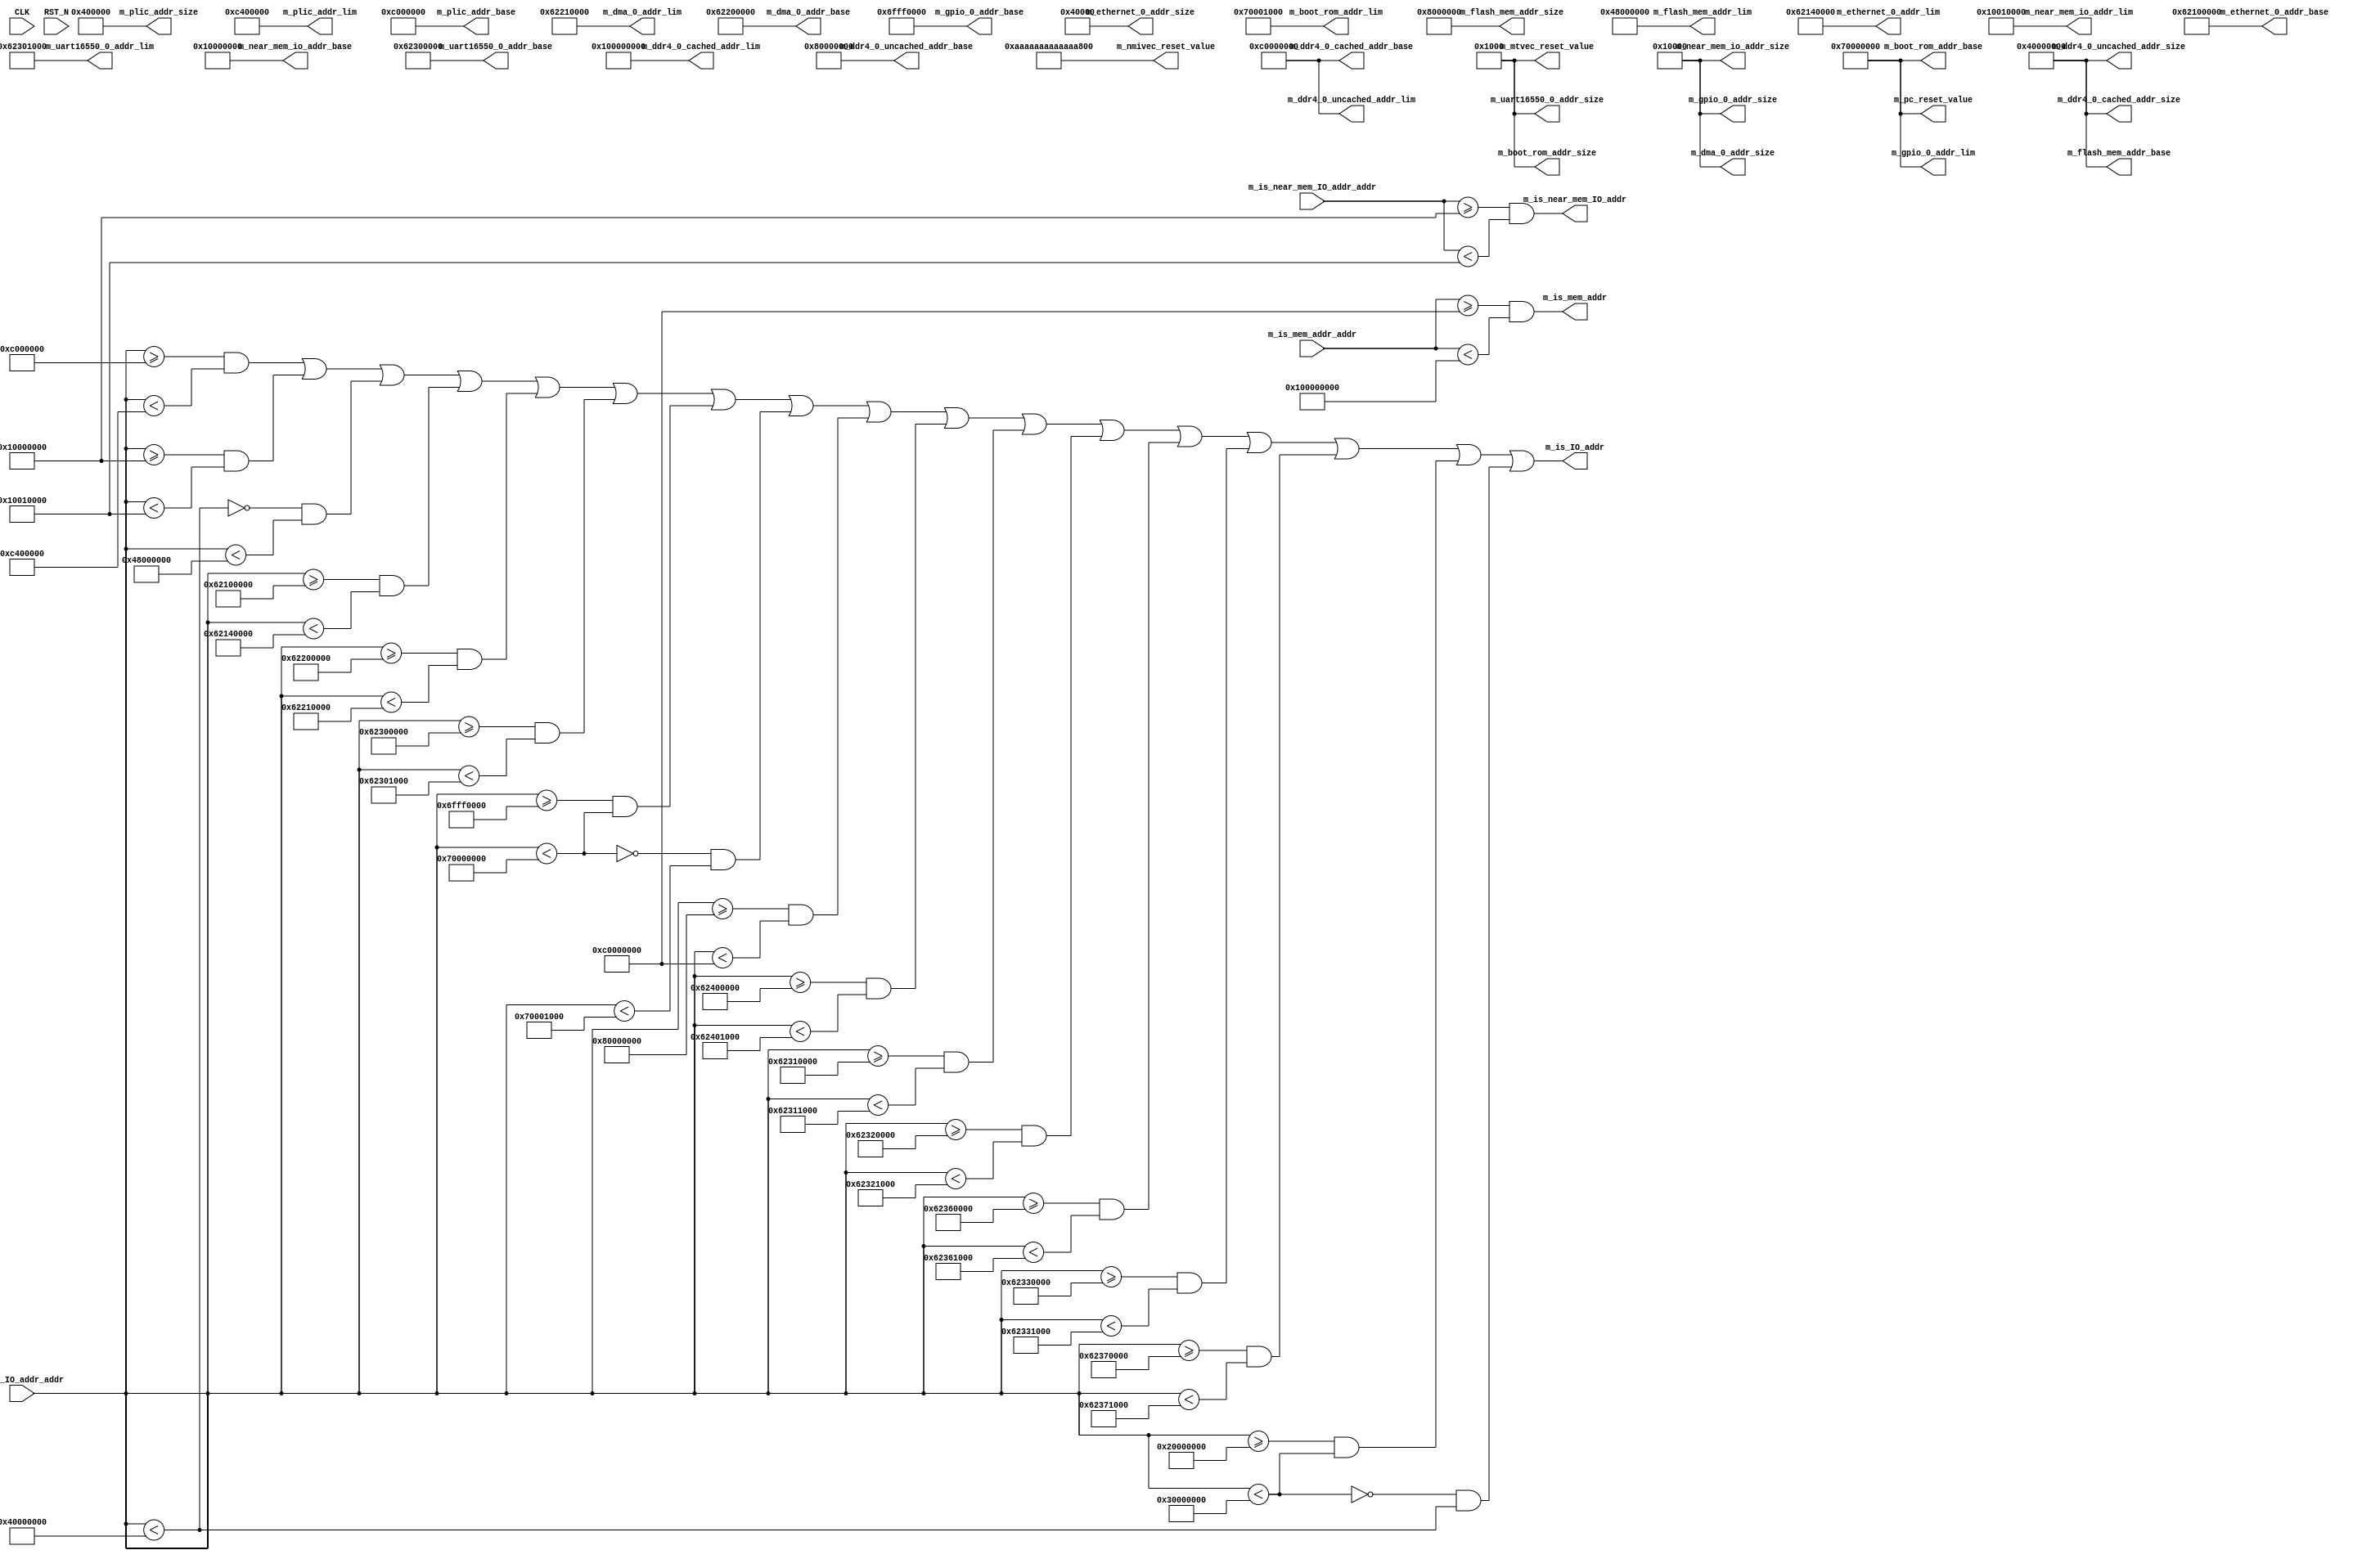
// This program was cloned from: https://github.com/bluespec/Piccolo
// License: Apache License 2.0

//
// Generated by Bluespec Compiler, version 2019.05.beta1 (build b38abf678, 2019-05-06)
//
//
//
//
// Ports:
// Name                         I/O  size props
// m_plic_addr_base               O    64 const
// m_plic_addr_size               O    64 const
// m_plic_addr_lim                O    64 const
// m_near_mem_io_addr_base        O    64 const
// m_near_mem_io_addr_size        O    64 const
// m_near_mem_io_addr_lim         O    64 const
// m_flash_mem_addr_base          O    64 const
// m_flash_mem_addr_size          O    64 const
// m_flash_mem_addr_lim           O    64 const
// m_ethernet_0_addr_base         O    64 const
// m_ethernet_0_addr_size         O    64 const
// m_ethernet_0_addr_lim          O    64 const
// m_dma_0_addr_base              O    64 const
// m_dma_0_addr_size              O    64 const
// m_dma_0_addr_lim               O    64 const
// m_uart16550_0_addr_base        O    64 const
// m_uart16550_0_addr_size        O    64 const
// m_uart16550_0_addr_lim         O    64 const
// m_gpio_0_addr_base             O    64 const
// m_gpio_0_addr_size             O    64 const
// m_gpio_0_addr_lim              O    64 const
// m_boot_rom_addr_base           O    64 const
// m_boot_rom_addr_size           O    64 const
// m_boot_rom_addr_lim            O    64 const
// m_ddr4_0_uncached_addr_base    O    64 const
// m_ddr4_0_uncached_addr_size    O    64 const
// m_ddr4_0_uncached_addr_lim     O    64 const
// m_ddr4_0_cached_addr_base      O    64 const
// m_ddr4_0_cached_addr_size      O    64 const
// m_ddr4_0_cached_addr_lim       O    64 const
// m_is_mem_addr                  O     1
// m_is_IO_addr                   O     1
// m_is_near_mem_IO_addr          O     1
// m_pc_reset_value               O    64 const
// m_mtvec_reset_value            O    64 const
// m_nmivec_reset_value           O    64 const
// CLK                            I     1 unused
// RST_N                          I     1 unused
// m_is_mem_addr_addr             I    64
// m_is_IO_addr_addr              I    64
// m_is_near_mem_IO_addr_addr     I    64
//
// Combinational paths from inputs to outputs:
//   m_is_mem_addr_addr -> m_is_mem_addr
//   m_is_IO_addr_addr -> m_is_IO_addr
//   m_is_near_mem_IO_addr_addr -> m_is_near_mem_IO_addr
//
//

`ifdef BSV_ASSIGNMENT_DELAY
`else
  `define BSV_ASSIGNMENT_DELAY
`endif

`ifdef BSV_POSITIVE_RESET
  `define BSV_RESET_VALUE 1'b1
  `define BSV_RESET_EDGE posedge
`else
  `define BSV_RESET_VALUE 1'b0
  `define BSV_RESET_EDGE negedge
`endif

module mkSoC_Map(CLK,
		 RST_N,

		 m_plic_addr_base,

		 m_plic_addr_size,

		 m_plic_addr_lim,

		 m_near_mem_io_addr_base,

		 m_near_mem_io_addr_size,

		 m_near_mem_io_addr_lim,

		 m_flash_mem_addr_base,

		 m_flash_mem_addr_size,

		 m_flash_mem_addr_lim,

		 m_ethernet_0_addr_base,

		 m_ethernet_0_addr_size,

		 m_ethernet_0_addr_lim,

		 m_dma_0_addr_base,

		 m_dma_0_addr_size,

		 m_dma_0_addr_lim,

		 m_uart16550_0_addr_base,

		 m_uart16550_0_addr_size,

		 m_uart16550_0_addr_lim,

		 m_gpio_0_addr_base,

		 m_gpio_0_addr_size,

		 m_gpio_0_addr_lim,

		 m_boot_rom_addr_base,

		 m_boot_rom_addr_size,

		 m_boot_rom_addr_lim,

		 m_ddr4_0_uncached_addr_base,

		 m_ddr4_0_uncached_addr_size,

		 m_ddr4_0_uncached_addr_lim,

		 m_ddr4_0_cached_addr_base,

		 m_ddr4_0_cached_addr_size,

		 m_ddr4_0_cached_addr_lim,

		 m_is_mem_addr_addr,
		 m_is_mem_addr,

		 m_is_IO_addr_addr,
		 m_is_IO_addr,

		 m_is_near_mem_IO_addr_addr,
		 m_is_near_mem_IO_addr,

		 m_pc_reset_value,

		 m_mtvec_reset_value,

		 m_nmivec_reset_value);
  input  CLK;
  input  RST_N;

  // value method m_plic_addr_base
  output [63 : 0] m_plic_addr_base;

  // value method m_plic_addr_size
  output [63 : 0] m_plic_addr_size;

  // value method m_plic_addr_lim
  output [63 : 0] m_plic_addr_lim;

  // value method m_near_mem_io_addr_base
  output [63 : 0] m_near_mem_io_addr_base;

  // value method m_near_mem_io_addr_size
  output [63 : 0] m_near_mem_io_addr_size;

  // value method m_near_mem_io_addr_lim
  output [63 : 0] m_near_mem_io_addr_lim;

  // value method m_flash_mem_addr_base
  output [63 : 0] m_flash_mem_addr_base;

  // value method m_flash_mem_addr_size
  output [63 : 0] m_flash_mem_addr_size;

  // value method m_flash_mem_addr_lim
  output [63 : 0] m_flash_mem_addr_lim;

  // value method m_ethernet_0_addr_base
  output [63 : 0] m_ethernet_0_addr_base;

  // value method m_ethernet_0_addr_size
  output [63 : 0] m_ethernet_0_addr_size;

  // value method m_ethernet_0_addr_lim
  output [63 : 0] m_ethernet_0_addr_lim;

  // value method m_dma_0_addr_base
  output [63 : 0] m_dma_0_addr_base;

  // value method m_dma_0_addr_size
  output [63 : 0] m_dma_0_addr_size;

  // value method m_dma_0_addr_lim
  output [63 : 0] m_dma_0_addr_lim;

  // value method m_uart16550_0_addr_base
  output [63 : 0] m_uart16550_0_addr_base;

  // value method m_uart16550_0_addr_size
  output [63 : 0] m_uart16550_0_addr_size;

  // value method m_uart16550_0_addr_lim
  output [63 : 0] m_uart16550_0_addr_lim;

  // value method m_gpio_0_addr_base
  output [63 : 0] m_gpio_0_addr_base;

  // value method m_gpio_0_addr_size
  output [63 : 0] m_gpio_0_addr_size;

  // value method m_gpio_0_addr_lim
  output [63 : 0] m_gpio_0_addr_lim;

  // value method m_boot_rom_addr_base
  output [63 : 0] m_boot_rom_addr_base;

  // value method m_boot_rom_addr_size
  output [63 : 0] m_boot_rom_addr_size;

  // value method m_boot_rom_addr_lim
  output [63 : 0] m_boot_rom_addr_lim;

  // value method m_ddr4_0_uncached_addr_base
  output [63 : 0] m_ddr4_0_uncached_addr_base;

  // value method m_ddr4_0_uncached_addr_size
  output [63 : 0] m_ddr4_0_uncached_addr_size;

  // value method m_ddr4_0_uncached_addr_lim
  output [63 : 0] m_ddr4_0_uncached_addr_lim;

  // value method m_ddr4_0_cached_addr_base
  output [63 : 0] m_ddr4_0_cached_addr_base;

  // value method m_ddr4_0_cached_addr_size
  output [63 : 0] m_ddr4_0_cached_addr_size;

  // value method m_ddr4_0_cached_addr_lim
  output [63 : 0] m_ddr4_0_cached_addr_lim;

  // value method m_is_mem_addr
  input  [63 : 0] m_is_mem_addr_addr;
  output m_is_mem_addr;

  // value method m_is_IO_addr
  input  [63 : 0] m_is_IO_addr_addr;
  output m_is_IO_addr;

  // value method m_is_near_mem_IO_addr
  input  [63 : 0] m_is_near_mem_IO_addr_addr;
  output m_is_near_mem_IO_addr;

  // value method m_pc_reset_value
  output [63 : 0] m_pc_reset_value;

  // value method m_mtvec_reset_value
  output [63 : 0] m_mtvec_reset_value;

  // value method m_nmivec_reset_value
  output [63 : 0] m_nmivec_reset_value;

  // signals for module outputs
  wire [63 : 0] m_boot_rom_addr_base,
		m_boot_rom_addr_lim,
		m_boot_rom_addr_size,
		m_ddr4_0_cached_addr_base,
		m_ddr4_0_cached_addr_lim,
		m_ddr4_0_cached_addr_size,
		m_ddr4_0_uncached_addr_base,
		m_ddr4_0_uncached_addr_lim,
		m_ddr4_0_uncached_addr_size,
		m_dma_0_addr_base,
		m_dma_0_addr_lim,
		m_dma_0_addr_size,
		m_ethernet_0_addr_base,
		m_ethernet_0_addr_lim,
		m_ethernet_0_addr_size,
		m_flash_mem_addr_base,
		m_flash_mem_addr_lim,
		m_flash_mem_addr_size,
		m_gpio_0_addr_base,
		m_gpio_0_addr_lim,
		m_gpio_0_addr_size,
		m_mtvec_reset_value,
		m_near_mem_io_addr_base,
		m_near_mem_io_addr_lim,
		m_near_mem_io_addr_size,
		m_nmivec_reset_value,
		m_pc_reset_value,
		m_plic_addr_base,
		m_plic_addr_lim,
		m_plic_addr_size,
		m_uart16550_0_addr_base,
		m_uart16550_0_addr_lim,
		m_uart16550_0_addr_size;
  wire m_is_IO_addr, m_is_mem_addr, m_is_near_mem_IO_addr;

  // remaining internal signals
  wire NOT_m_is_IO_addr_addr_ULT_0xC000000_AND_m_is_I_ETC___d37,
       NOT_m_is_IO_addr_addr_ULT_0xC000000_AND_m_is_I_ETC___d82,
       m_is_IO_addr_addr_ULT_0x30000000___d80,
       m_is_IO_addr_addr_ULT_0x70000000___d35,
       m_is_IO_addr_addr_ULT_1073741824___d13;

  // value method m_plic_addr_base
  assign m_plic_addr_base = 64'h000000000C000000 ;

  // value method m_plic_addr_size
  assign m_plic_addr_size = 64'h0000000000400000 ;

  // value method m_plic_addr_lim
  assign m_plic_addr_lim = 64'd205520896 ;

  // value method m_near_mem_io_addr_base
  assign m_near_mem_io_addr_base = 64'h0000000010000000 ;

  // value method m_near_mem_io_addr_size
  assign m_near_mem_io_addr_size = 64'h0000000000010000 ;

  // value method m_near_mem_io_addr_lim
  assign m_near_mem_io_addr_lim = 64'd268500992 ;

  // value method m_flash_mem_addr_base
  assign m_flash_mem_addr_base = 64'h0000000040000000 ;

  // value method m_flash_mem_addr_size
  assign m_flash_mem_addr_size = 64'h0000000008000000 ;

  // value method m_flash_mem_addr_lim
  assign m_flash_mem_addr_lim = 64'd1207959552 ;

  // value method m_ethernet_0_addr_base
  assign m_ethernet_0_addr_base = 64'h0000000062100000 ;

  // value method m_ethernet_0_addr_size
  assign m_ethernet_0_addr_size = 64'h0000000000040000 ;

  // value method m_ethernet_0_addr_lim
  assign m_ethernet_0_addr_lim = 64'd1645477888 ;

  // value method m_dma_0_addr_base
  assign m_dma_0_addr_base = 64'h0000000062200000 ;

  // value method m_dma_0_addr_size
  assign m_dma_0_addr_size = 64'h0000000000010000 ;

  // value method m_dma_0_addr_lim
  assign m_dma_0_addr_lim = 64'd1646329856 ;

  // value method m_uart16550_0_addr_base
  assign m_uart16550_0_addr_base = 64'h0000000062300000 ;

  // value method m_uart16550_0_addr_size
  assign m_uart16550_0_addr_size = 64'h0000000000001000 ;

  // value method m_uart16550_0_addr_lim
  assign m_uart16550_0_addr_lim = 64'd1647316992 ;

  // value method m_gpio_0_addr_base
  assign m_gpio_0_addr_base = 64'h000000006FFF0000 ;

  // value method m_gpio_0_addr_size
  assign m_gpio_0_addr_size = 64'h0000000000010000 ;

  // value method m_gpio_0_addr_lim
  assign m_gpio_0_addr_lim = 64'd1879048192 ;

  // value method m_boot_rom_addr_base
  assign m_boot_rom_addr_base = 64'h0000000070000000 ;

  // value method m_boot_rom_addr_size
  assign m_boot_rom_addr_size = 64'h0000000000001000 ;

  // value method m_boot_rom_addr_lim
  assign m_boot_rom_addr_lim = 64'd1879052288 ;

  // value method m_ddr4_0_uncached_addr_base
  assign m_ddr4_0_uncached_addr_base = 64'h0000000080000000 ;

  // value method m_ddr4_0_uncached_addr_size
  assign m_ddr4_0_uncached_addr_size = 64'h0000000040000000 ;

  // value method m_ddr4_0_uncached_addr_lim
  assign m_ddr4_0_uncached_addr_lim = 64'h00000000C0000000 ;

  // value method m_ddr4_0_cached_addr_base
  assign m_ddr4_0_cached_addr_base = 64'h00000000C0000000 ;

  // value method m_ddr4_0_cached_addr_size
  assign m_ddr4_0_cached_addr_size = 64'h0000000040000000 ;

  // value method m_ddr4_0_cached_addr_lim
  assign m_ddr4_0_cached_addr_lim = 64'h0000000100000000 ;

  // value method m_is_mem_addr
  assign m_is_mem_addr =
	     m_is_mem_addr_addr >= 64'h00000000C0000000 &&
	     m_is_mem_addr_addr < 64'h0000000100000000 ;

  // value method m_is_IO_addr
  assign m_is_IO_addr =
	     NOT_m_is_IO_addr_addr_ULT_0xC000000_AND_m_is_I_ETC___d82 ||
	     !m_is_IO_addr_addr_ULT_0x30000000___d80 &&
	     m_is_IO_addr_addr_ULT_1073741824___d13 ;

  // value method m_is_near_mem_IO_addr
  assign m_is_near_mem_IO_addr =
	     m_is_near_mem_IO_addr_addr >= 64'h0000000010000000 &&
	     m_is_near_mem_IO_addr_addr < 64'd268500992 ;

  // value method m_pc_reset_value
  assign m_pc_reset_value = 64'h0000000070000000 ;

  // value method m_mtvec_reset_value
  assign m_mtvec_reset_value = 64'h0000000000001000 ;

  // value method m_nmivec_reset_value
  assign m_nmivec_reset_value = 64'hAAAAAAAAAAAAAAAA ;

  // remaining internal signals
  assign NOT_m_is_IO_addr_addr_ULT_0xC000000_AND_m_is_I_ETC___d37 =
	     m_is_IO_addr_addr >= 64'h000000000C000000 &&
	     m_is_IO_addr_addr < 64'd205520896 ||
	     m_is_IO_addr_addr >= 64'h0000000010000000 &&
	     m_is_IO_addr_addr < 64'd268500992 ||
	     !m_is_IO_addr_addr_ULT_1073741824___d13 &&
	     m_is_IO_addr_addr < 64'd1207959552 ||
	     m_is_IO_addr_addr >= 64'h0000000062100000 &&
	     m_is_IO_addr_addr < 64'd1645477888 ||
	     m_is_IO_addr_addr >= 64'h0000000062200000 &&
	     m_is_IO_addr_addr < 64'd1646329856 ||
	     m_is_IO_addr_addr >= 64'h0000000062300000 &&
	     m_is_IO_addr_addr < 64'd1647316992 ||
	     m_is_IO_addr_addr >= 64'h000000006FFF0000 &&
	     m_is_IO_addr_addr_ULT_0x70000000___d35 ;
  assign NOT_m_is_IO_addr_addr_ULT_0xC000000_AND_m_is_I_ETC___d82 =
	     NOT_m_is_IO_addr_addr_ULT_0xC000000_AND_m_is_I_ETC___d37 ||
	     !m_is_IO_addr_addr_ULT_0x70000000___d35 &&
	     m_is_IO_addr_addr < 64'd1879052288 ||
	     m_is_IO_addr_addr >= 64'h0000000080000000 &&
	     m_is_IO_addr_addr < 64'h00000000C0000000 ||
	     m_is_IO_addr_addr >= 64'h0000000062400000 &&
	     m_is_IO_addr_addr < 64'd1648365568 ||
	     m_is_IO_addr_addr >= 64'h0000000062310000 &&
	     m_is_IO_addr_addr < 64'd1647382528 ||
	     m_is_IO_addr_addr >= 64'h0000000062320000 &&
	     m_is_IO_addr_addr < 64'd1647448064 ||
	     m_is_IO_addr_addr >= 64'h0000000062360000 &&
	     m_is_IO_addr_addr < 64'd1647710208 ||
	     m_is_IO_addr_addr >= 64'h0000000062330000 &&
	     m_is_IO_addr_addr < 64'd1647513600 ||
	     m_is_IO_addr_addr >= 64'h0000000062370000 &&
	     m_is_IO_addr_addr < 64'd1647775744 ||
	     m_is_IO_addr_addr >= 64'h0000000020000000 &&
	     m_is_IO_addr_addr_ULT_0x30000000___d80 ;
  assign m_is_IO_addr_addr_ULT_0x30000000___d80 =
	     m_is_IO_addr_addr < 64'h0000000030000000 ;
  assign m_is_IO_addr_addr_ULT_0x70000000___d35 =
	     m_is_IO_addr_addr < 64'h0000000070000000 ;
  assign m_is_IO_addr_addr_ULT_1073741824___d13 =
	     m_is_IO_addr_addr < 64'd1073741824 ;
endmodule  // mkSoC_Map